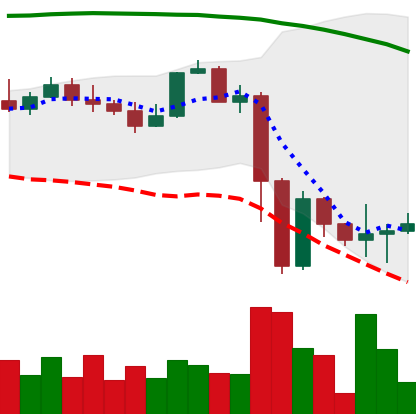
Ticker: NEO-USD
Chart end date: 2022-11-15
Forward return: -4.516%
Label: down_3_5